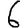
Digit: 6